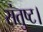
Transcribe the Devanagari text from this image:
संतुष्ट।